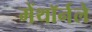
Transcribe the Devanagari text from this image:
मेंथॉर्नले